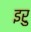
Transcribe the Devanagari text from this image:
इरु